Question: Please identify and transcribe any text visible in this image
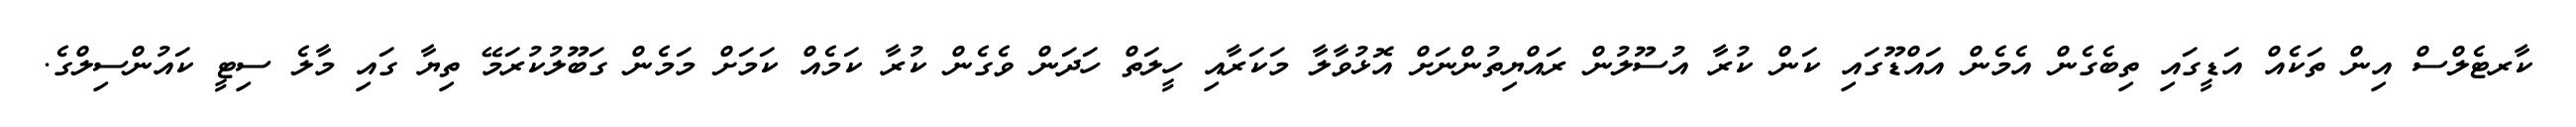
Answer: ކާރޓެލްސް އިން ތަކެއް އަޑީގައި ތިބެގެން އެމެން އައްޑޫގައި ކަން ކުރާ އުސޫލުން ރައްޔިތުންނަށް އޮޅުވާލާ މަކަރާއި ހީލަތް ހަދަން ވެގެން ކުރާ ކަމެއް ކަމަށް މަމެން ގަބޫލުކުރަމޭ ތިޔާ ގައި މާލެ ސިޓީ ކައުންސިލްގެ.